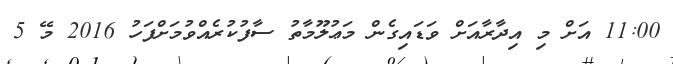
11:00 އަށް މި އިދާރާއަށް ވަޑައިގެން މަޢުލޫމާތު ސާފުކުރެއްވުމަށްފަހު 2016 މޭ 5